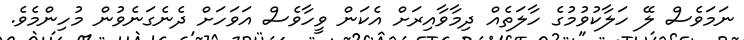
ނަމަވެސް ލޭ ހަލާކުވުމުގެ ހާލަތެއް ދިމާވާއިރަށް އެކަން ވީހާވެސް އަވަހަށް ދެނެގަނެވުން މުހިންމެވެ.